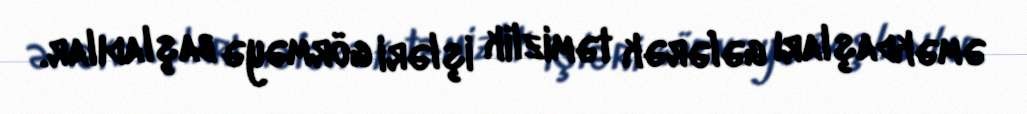
əməkdaşları gələrək təmizlik işləri görməyə başladılar.